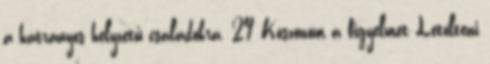
a hátrányos helyzetű családokra. 29 Köszönöm a figyelmet Letölteni